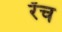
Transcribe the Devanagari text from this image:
रँच